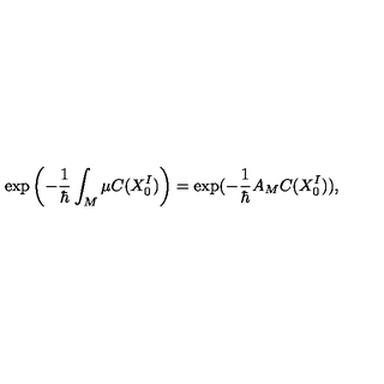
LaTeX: \exp \left( - \frac { 1 } { \hbar } \int _ { M } \mu C ( X _ { 0 } ^ { I } ) \right) = \exp ( - \frac { 1 } { \hbar } A _ { M } C ( X _ { 0 } ^ { I } ) ) ,